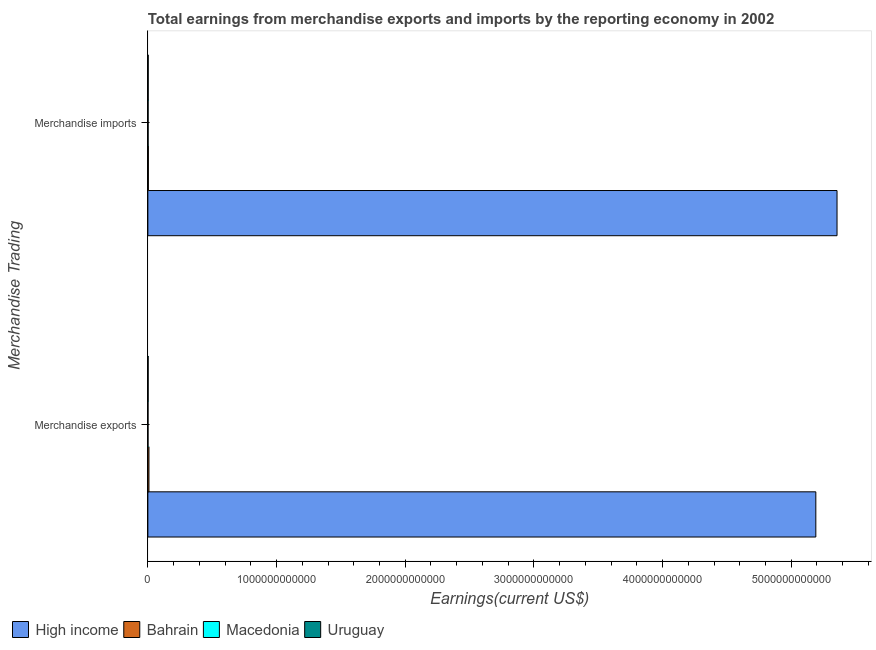
| Merchandise Trading | High income | Bahrain | Macedonia | Uruguay |
 | --- | --- | --- | --- | --- |
 | Merchandise exports | 5.19e+12 | 8.44e+09 | 1.12e+09 | 2.18e+09 |
 | Merchandise imports | 5.36e+12 | 3.84e+09 | 2e+09 | 2.58e+09 |